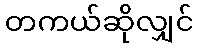
တကယ်ဆိုလျှင်